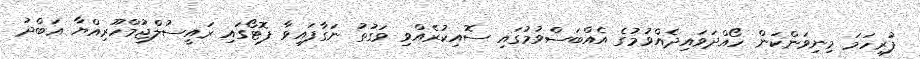
ފުރިހަމަ މިނިވަންކަން ހޯއްދަވައިދެއްވުމުގެ އެއްބަސްވުމުގައި ސޮއިކުރެއްވި ވަގުތު ނަގާފައިވާ ފޮޓޯގައި ރައީސުލްޖުމްހޫރިއްޔާ ޢަބްދު